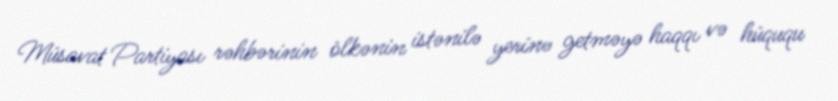
Müsavat Partiyası rəhbərinin ölkənin istənilə yerinə getməyə haqqı və hüququ